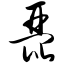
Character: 琵